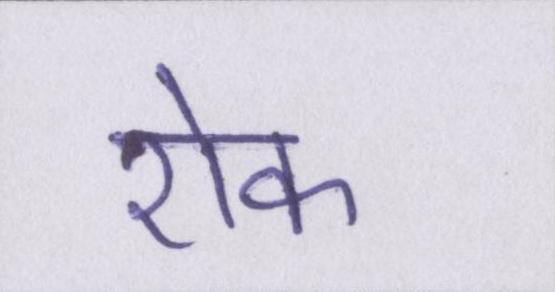
रोक